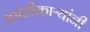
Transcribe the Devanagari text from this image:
क्रांतीकाऱ्यांनी